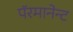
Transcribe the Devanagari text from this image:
पॅरमानेन्ट